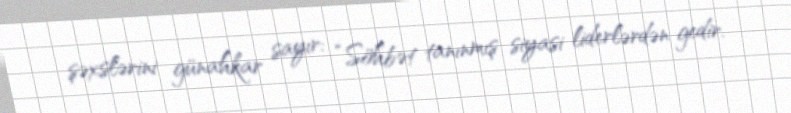
şəxslərini günahkar sayır: “Söhbət tanınmış siyasi liderlərdən gedir.